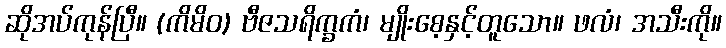
ဆိုအပ်ကုန်ပြီ။ (ကိမိဝ) ဗီဇသရိက္ခကံ၊ မျိုးစေ့နှင့်တူသော။ ဖလံ၊ အသီးကို။